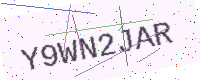
Text: Y9WN2JAR